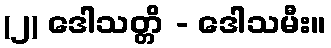
(၂) ဒေါသတ္တိ - ဒေါသမီး။